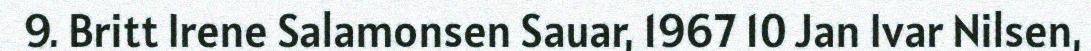
9. Britt Irene Salamonsen Sauar, 1967 10 Jan Ivar Nilsen,